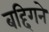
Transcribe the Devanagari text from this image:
बद्दिगने